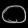
Digit: ၀